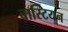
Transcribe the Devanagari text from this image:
बास्टियन